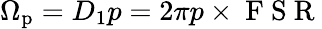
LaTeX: \Omega_{\mathrm{p}}=D_{1}p=2\pi p\times\mathrm{~F~S~R~}